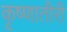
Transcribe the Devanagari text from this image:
कृष्णातीरी